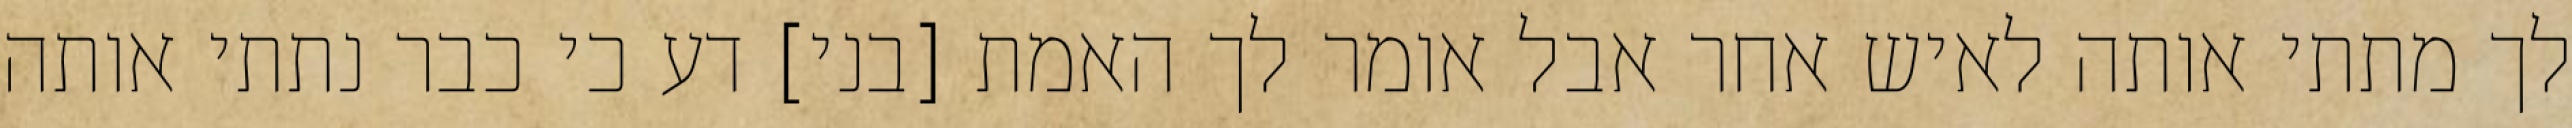
לך מתתי אותה לאיש אחר אבל אומר לך האמת [בני] דע כי כבר נתתי אותה